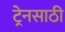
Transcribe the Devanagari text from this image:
ट्रेनसाठी